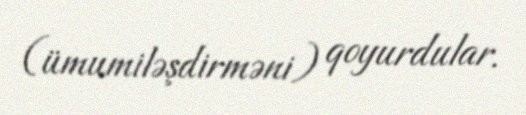
(ümumiləşdirməni) qoyurdular.